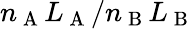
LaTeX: n_{\mathrm{~A~}}L_{\mathrm{~A~}}/n_{\mathrm{~B~}}L_{\mathrm{~B~}}